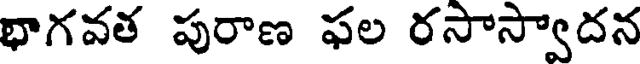
భాగవత పురాణ ఫల రసాస్వాదన